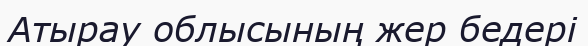
Атырау облысының жер бедері